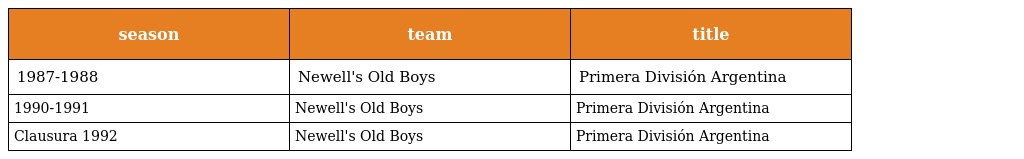
| season | team | title |
 | --- | --- | --- |
 | 1987-1988 | Newell's Old Boys | Primera División Argentina |
 | 1990-1991 | Newell's Old Boys | Primera División Argentina |
 | Clausura 1992 | Newell's Old Boys | Primera División Argentina |